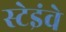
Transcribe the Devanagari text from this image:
स्टेइंवे